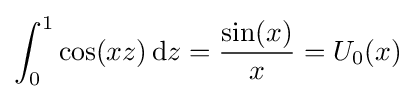
\int _{0}^{1}\cos(xz)\,\mathrm {d} z={\frac {\sin(x)}{x}}=U_{0}(x)